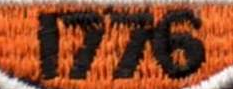
1776